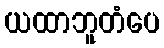
ယထာဘူတံပေ